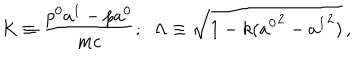
LaTeX: K \equiv \frac { p ^ { 0 } a ^ { 1 } - p a ^ { 0 } } { m c } ; \; \; \Lambda \equiv \sqrt { 1 - k ( { a ^ { 0 } } ^ { 2 } - { a ^ { 1 } } ^ { 2 } ) } \, ,